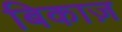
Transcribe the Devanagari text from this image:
बिकाज़